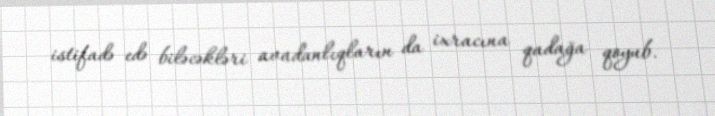
istifadə edə biləcəkləri avadanlıqların da ixracına qadağa qoyub.